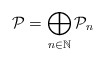
\begin{align*}{{\cal P}}=\bigoplus_{n\in{\mathbb N}}{{\cal P}}_{n}\end{align*}